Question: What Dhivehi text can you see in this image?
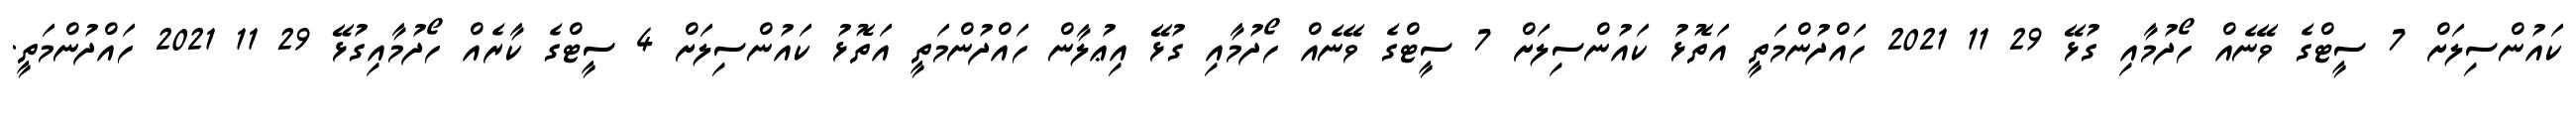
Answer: ކައުންސިލަށް 7 ސީޓްގެ ވޭނެއް ހޯދުމާއި ގުޅޭ 29 11 2021 ހައްދުންމަތީ އަތޮޅު ކައުންސިލަށް 7 ސީޓްގެ ވޭނެއް ހޯދުމާއި ގުޅޭ އިޢުލާން ހައްދުންމަތީ އަތޮޅު ކައުންސިލަށް 4 ސީޓްގެ ކާރެއް ހޯދުމާއިގުޅޭ 29 11 2021 ހައްދުންމަތީ.